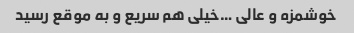
خوشمزه و عالی …خیلی هم سریع و به موقع رسید